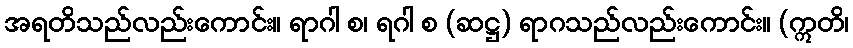
အရတိသည်လည်းကောင်း။ ရာဂါ စ၊ ရဂါ စ (ဆဋ္ဌ) ရာဂသည်လည်းကောင်း။ (ဣတိ၊